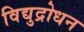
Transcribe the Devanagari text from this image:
विद्युद्रोधन